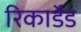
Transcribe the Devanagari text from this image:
रिकार्डेड